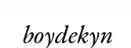
boydekyn